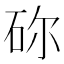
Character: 䂧